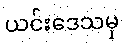
ယင်းဒေသမှ